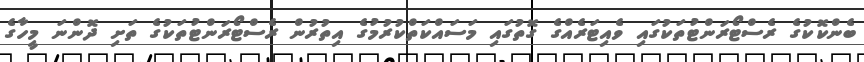
ބެންކޮކުގެ ރެސްޓޯރަންޓުތަކުގައި ވެއިޓަރެއްގެ ގޮތުގައި މަސައްކަތްކުރުމުގެ އިތުރުން ރެސްޓޯރަންޓުތަކުގެ ތަށި ދޮންނަ މީހާގެ